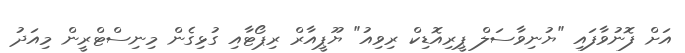
އަށް ފޮނުވާފައި "ޔުނިވާސަލް ޕީރިއޮޑިކް ރިވިއު" ޔޫޕީއާރް ރިޕޯޓާއި ގުޅިގެން މިނިސްޓްރީން މިއަދު